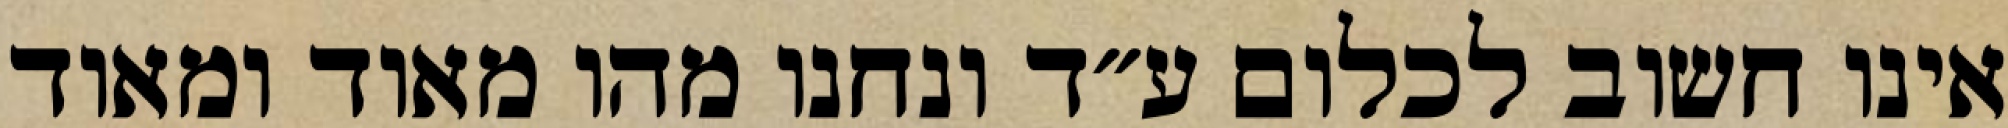
אינו חשוב לכלום ע״ד ונחנו מהו מאוד ומאוד